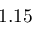
1 . 1 5